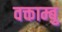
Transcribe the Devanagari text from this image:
वक्ताम्बु